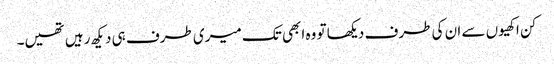
کن اکھیوں سے ان کی طرف دیکھا تو وہ ابھی تک میری طرف ہی دیکھ رہیں تھیں۔